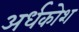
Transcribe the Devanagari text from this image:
अर्धकोश